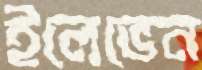
ইলেভেন